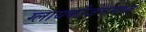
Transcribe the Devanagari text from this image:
ग्लायकोजेनमध्ये